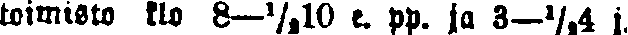
toimisto klo 8—½10 e. pp. ja 3—½4 j.